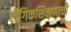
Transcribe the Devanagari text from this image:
लैंगिकशिक्षणाची